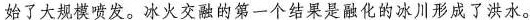
始了大规模喷发。冰火交融的第一个结果是融化的冰川形成了洪水。